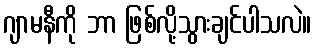
ဂျာမနီကို ဘာ ဖြစ်လို့သွားချင်ပါသလဲ။